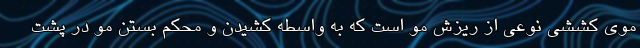
موی کششی نوعی از ریزش مو است که به واسطه کشیدن و محکم بستن مو در پشت